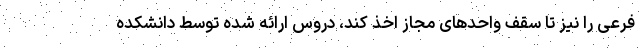
فرعی را نیز تا سقف واحدهای مجاز اخذ کند، دروس ارائه شده توسط دانشکده